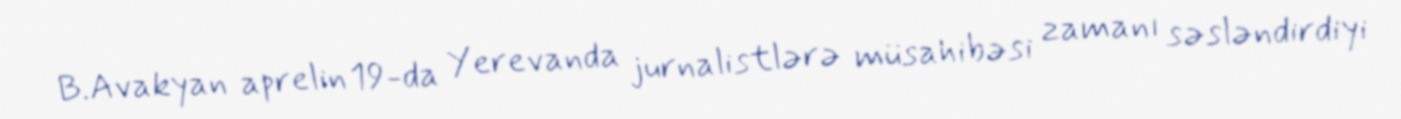
B.Avakyan aprelin 19-da Yerevanda jurnalistlərə müsahibəsi zamanı səsləndirdiyi